Preliminary report on the killing of rats and rat fleas by hydrocyanic acid gas - Number 38
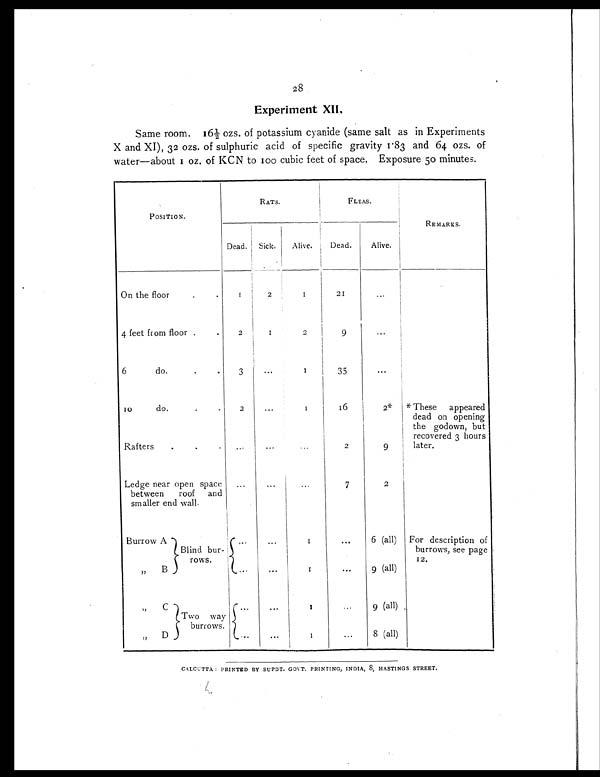
28
Experiment XII.
Same room. 16½ ozs. of potassium cyanide (same salt as in Experiments
X and XI), 32 ozs. of sulphuric acid of specific gravity 1.83 and 64 ozs. of
water—about 1 oz. of KCN to 100 cubic feet of space. Exposure 50 minutes.
POSITION.
RATS.
FLEAS.
REMARKS.
Dead. Sick.
Alive.
Dead.
Alive.
On the floor
.
.
1
2
1 2 1
. . .
4 feet from floor .
.
2
1 2
9
...
6 do.
.
.
3
...
1
35
. . .
10 do.
.
.
2
...
1 16
2*
* These appeared
dead on opening
the godown, but
recovered 3 hours
later.
Rafters
.
.
.
. . .
. . .
...
2
9
Ledge near open space
between roof and
smaller end wall.
...
. . .
. . .
7
2
Burrow A
Blind bur-
rows.
. . .
...
1
. . .
6 (all)
For description of
burrows, see page
1 2 .
„ B
. . .
...
1
. . .
9 (all)
„ C
Two way
burrows.
. . .
...
1
. . .
9 (all)
„ D
. . .
. . .
1
. . .
8 (all)
CALCUTTA : PRINTED BY SUPDT. GOVT. PRINTING, INDIA, 8, HASTINGS STREET.